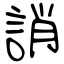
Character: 誚